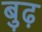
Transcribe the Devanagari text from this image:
बुढ़